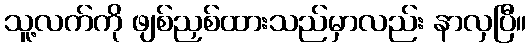
သူ့လက်ကို ဖျစ်ညှစ်ထားသည်မှာလည်း နာလှပြီ။